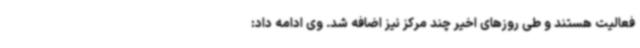
فعالیت هستند و طی روزهای اخیر چند مرکز نیز اضافه شد. وی ادامه داد: